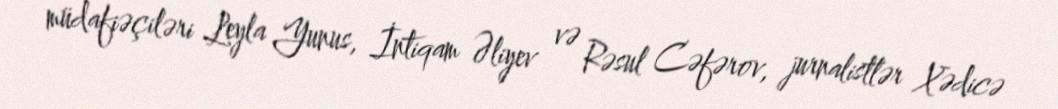
müdafiəçiləri Leyla Yunus, İntiqam Əliyev və Rəsul Cəfərov, jurnalistlər Xədicə